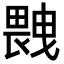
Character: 𤲼